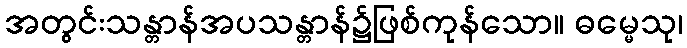
အတွင်းသန္တာန်အပသန္တာန်၌ဖြစ်ကုန်သော။ ဓမ္မေသု၊